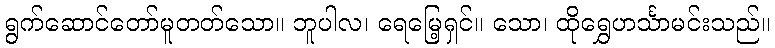
ရွက်ဆောင်တော်မူတတ်သော။ ဘူပါလ၊ ရေမြေ့ရှင်။ သော၊ ထိုရွှေဟင်္သာမင်းသည်။